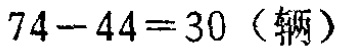
\(74 - 44 = 30 \text{（辆）}\)